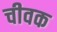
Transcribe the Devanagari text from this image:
चीवक